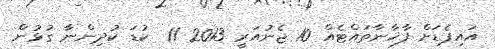
އައިޕެޑަށް ފާޚާނާތައްޓެއް 10 ޖެނުއަރީ 2013 11  ކުޑަ ކުދިންނާ ގުޅުން